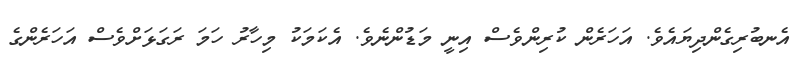
އެނބުރިގެންދިޔައެވެ. އަހަރެން ކުރިންވެސް އިނީ މަޑުންނެވެ. އެކަމަކު މިހާރު ހަމަ ރަގަޅަށްވެސް އަހަރެންގެ